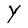
Character: Y